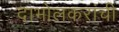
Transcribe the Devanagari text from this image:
दाभोलकरांची